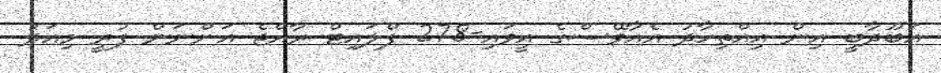
އަބޫދާބީ އިން އިއްތިހާދު އެއާވޭސްގެ އީވައި-278 ފްލައިޓް ރާއްޖެ އަންނަން ފުރީ މިއަދު